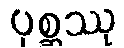
ပုစ္ဆဿု